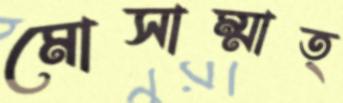
মোসাম্মাত্